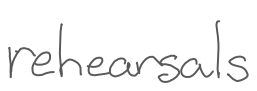
Text: rehearsals
Cross-out: clean
Writing tool: digital_gray